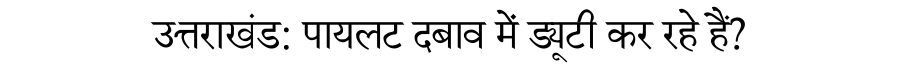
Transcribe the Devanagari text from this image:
उत्तराखंड: पायलट दबाव में ड्यूटी कर रहे हैं?